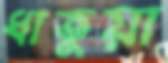
ধাতুয়া